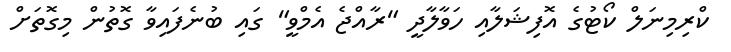
ކްރިމިނަލް ކޯޓުގެ އޮފިޝަލާއި ހަވާލާދީ "ރާއްޖެ އެމްވީ" ގައި ބުނެފައިވާ ގޮތުން މިގޮތަށް